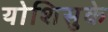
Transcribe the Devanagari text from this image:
योशिसुके